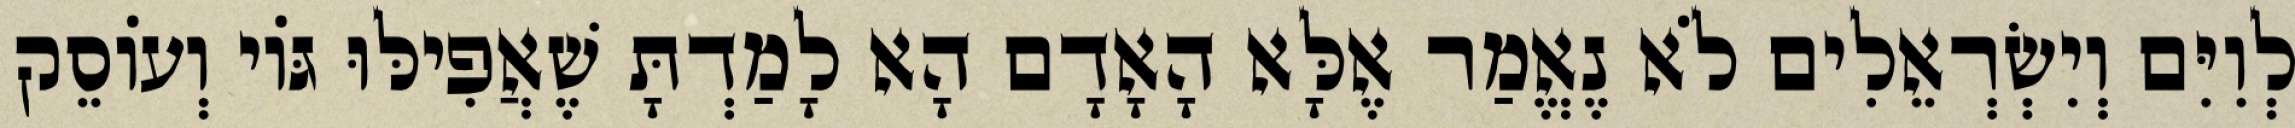
לְוִיִּם וְיִשְׂרְאֵלִים לֹא נֶאֱמַר אֶלָּא הָאָדָם הָא לָמַדְתָּ שֶׁאֲפִילּוּ גּוֹי וְעוֹסֵק